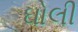
ઘોલી